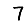
Digit: 7